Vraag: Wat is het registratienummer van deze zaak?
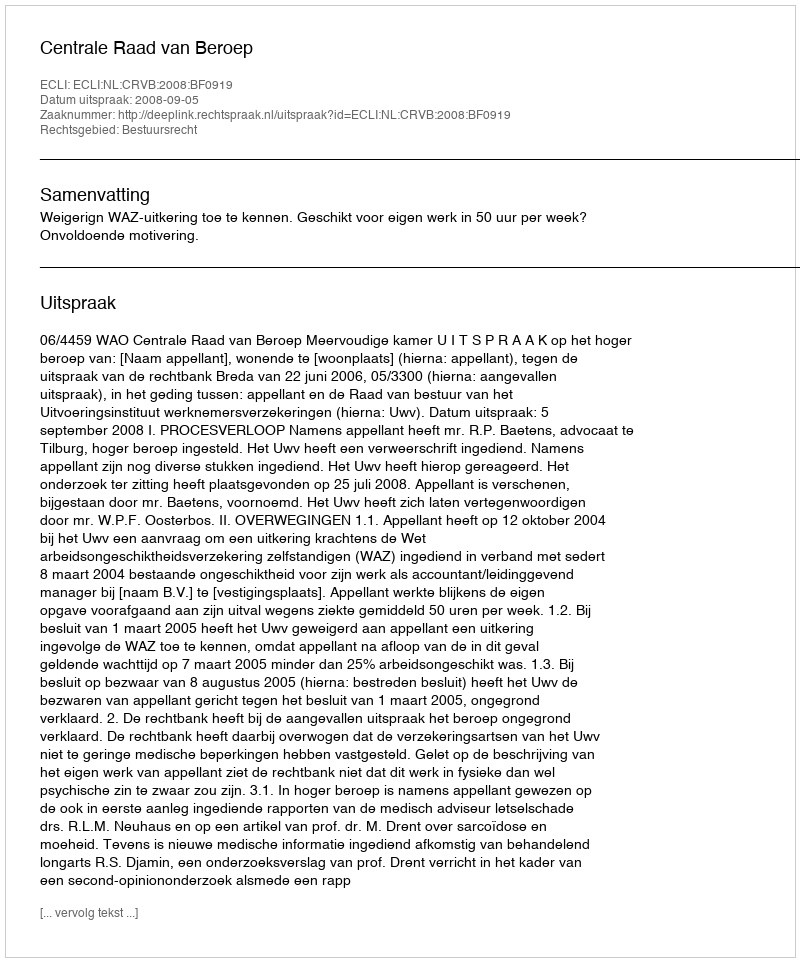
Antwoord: http://deeplink.rechtspraak.nl/uitspraak?id=ECLI:NL:CRVB:2008:BF0919